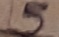
Text: 5